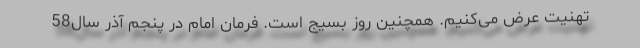
تهنیت عرض می‌کنیم. همچنین روز بسیج است. فرمان امام در پنجم آذر سال58